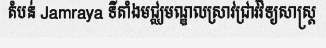
តំបន់ Jamraya ទីតាំងមជ្ឈមណ្ឌលស្រាវជ្រាវវិទ្យសាស្ត្រ